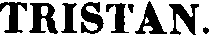
TRISTAN.